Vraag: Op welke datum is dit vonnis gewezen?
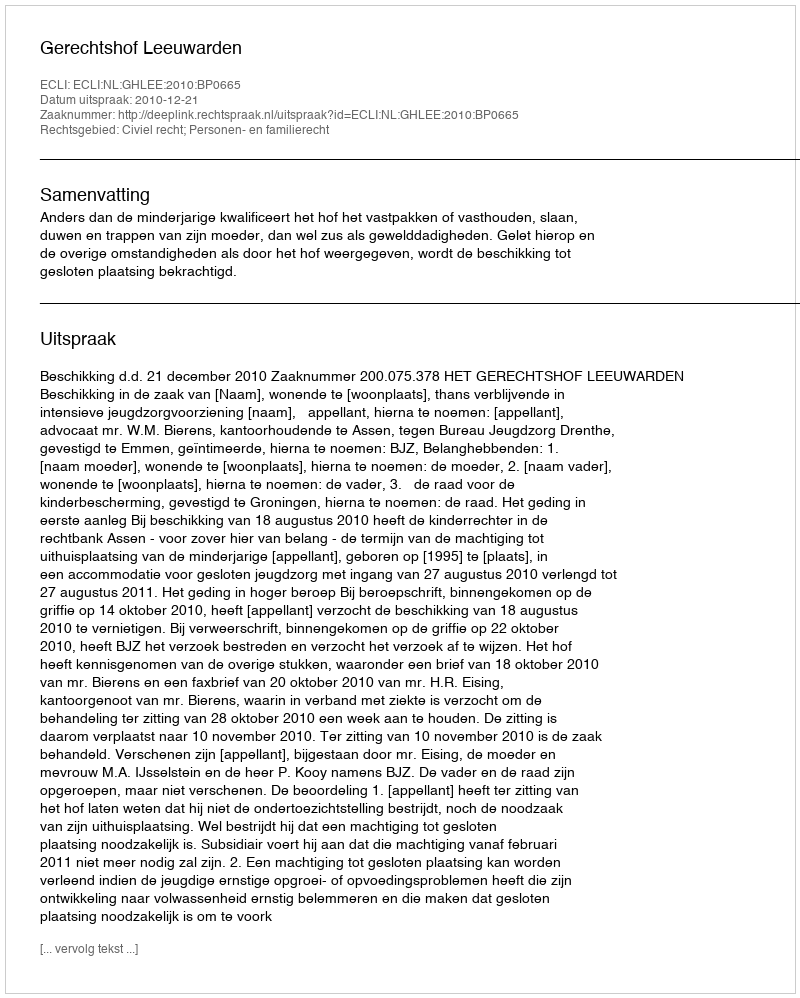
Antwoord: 2010-12-21